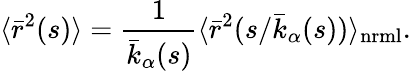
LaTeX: \langle{\bar{r}}^{2}(s)\rangle={\frac{1}{{\bar{k}}_{\alpha}(s)}}\langle{\bar{r}}^{2}(s/{\bar{k}}_{\alpha}(s))\rangle_{\mathrm{nrml}}.